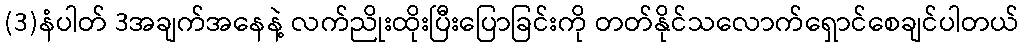
(3)နံပါတ် 3အချက်အနေနဲ့ လက်ညိုးထိုးပြီးပြောခြင်းကို တတ်နိုင်သလောက်ရှောင်စေချင်ပါတယ်